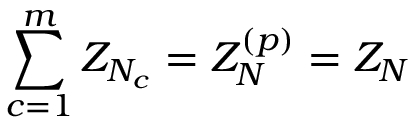
\sum _ { c = 1 } ^ { m } Z _ { N _ { c } } = Z _ { N } ^ { ( p ) } = Z _ { N }